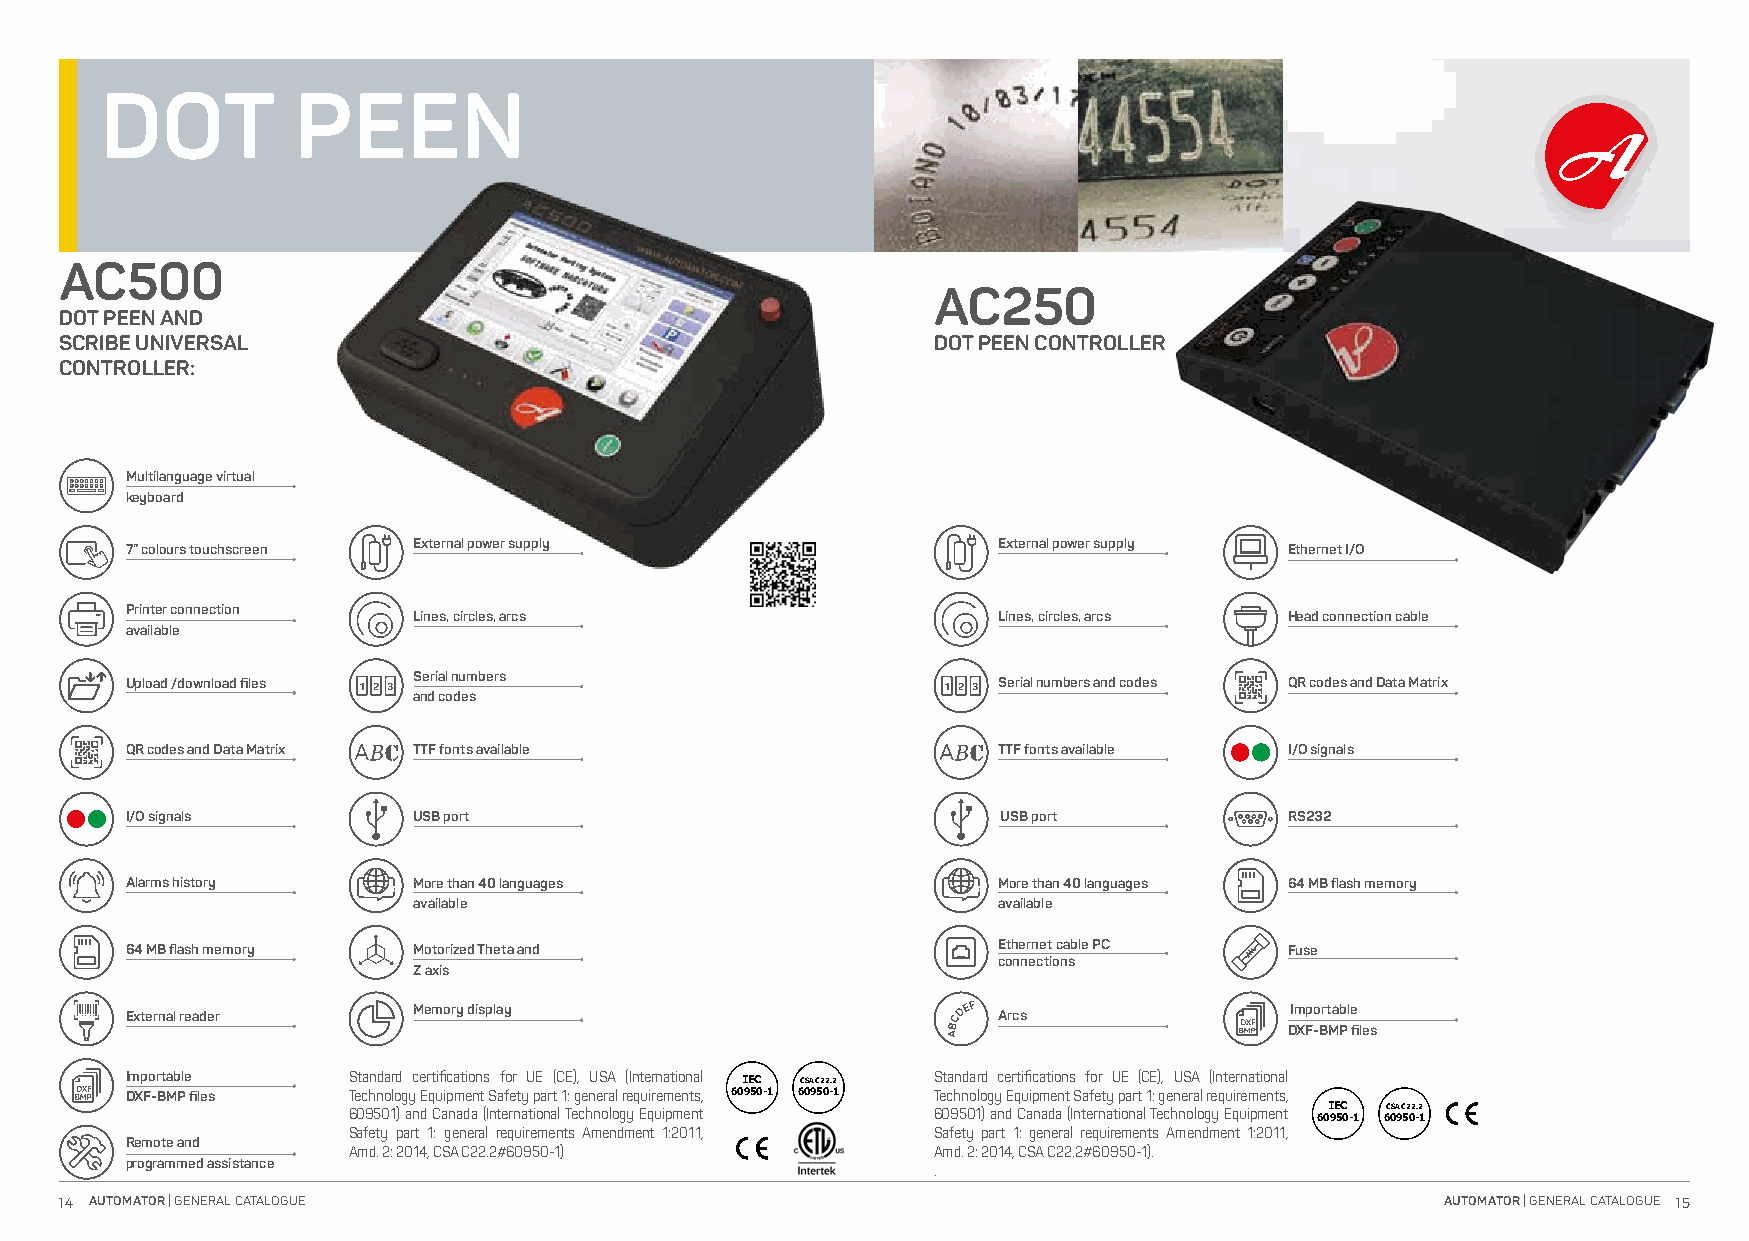
DOT         PEEN
 AC500
 AC250
 DOT PEEN AND
 SCRIBE UNIVERSAL                                          DOT PEEN CONTROLLER
 CONTROLLER:
 Multilanguage virtual
 keyboard
 External power supply                  External power supply
 7” colours touchscreen                                                       Ethernet I/O
 Printer connection
 Lines, circles, arcs                   Lines, circles, arcs Head connection cable
 available
 Serial numbers
 Upload /download files 1 2 3                           1 2 3 Serial numbers and codes QR codes and Data Matrix
 and codes
 QR codes and Data Matrix TTF fonts available              TTF fonts available I/O signals
 I/O signals        USB port                               USB port           RS232
 Alarms history     More than 40 languages                 More than 40 languages 64 MB flash memory
 available                              available
 64 MB flash memory Motorized Theta and                    Ethernet cable PC  Fuse
 connections
 Z axis
 Memory display                                            Importable
 External reader                                           Arcs
 DXF-BMP files
 Importable     Standard certifications for UE (CE), USA (International IEC CSA C22.2 Standard certifications for UE (CE), USA (International
 DXF-BMP files  Technology Equipment Safety part 1: general requirements, 60950-1 60950-1 Technology Equipment Safety part 1: general requirements,
 609501) and Canada (International Technology Equipment 609501) and Canada (International Technology Equipment 60I 9E 5C 0-1 6C 0SA 9 C 52 02 -.2 1
 Safety part 1: general requirements Amendment 1:2011, Safety part 1: general requirements Amendment 1:2011,
 Remote and
 Amd. 2: 2014, CSA C22.2#60950-1)       Amd. 2: 2014, CSA C22.2#60950-1).
 programmed assistance
 .
 14 AUTOMATOR | GENERAL CATALOGUE                                                            AUTOMATOR | GENERAL CATALOGUE 15